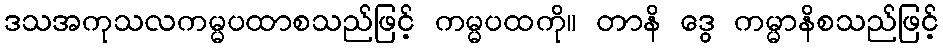
ဒသအကုသလကမ္မပထာစသည်ဖြင့် ကမ္မပထကို။ တာနိ ဒွေ ကမ္မာနိစသည်ဖြင့်